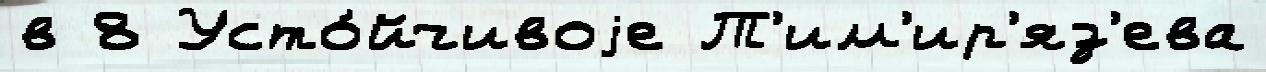
в 8 Усто́йчивоjе Т'им'ир'яз'ева